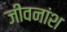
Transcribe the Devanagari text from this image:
जीवनांश